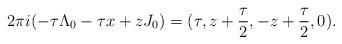
LaTeX: \begin{align*}2\pi i(-\tau \Lambda_0-\tau x+zJ_0)=(\tau,z+\frac{\tau}{2},-z+\frac{\tau}{2},0).\end{align*}